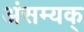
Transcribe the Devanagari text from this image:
अंसम्यक्